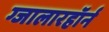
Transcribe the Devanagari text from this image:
ग्जालारहॉर्न